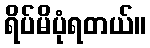
ရိပ်မိပုံရတယ်။